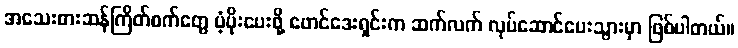
အသေးစားဆန်ကြိတ်စက်တွေ ပံ့ပိုးပေးဖို့ ဖောင်ဒေးရှင်းက ဆက်လက် လုပ်ဆောင်ပေးသွားမှာ ဖြစ်ပါတယ်။